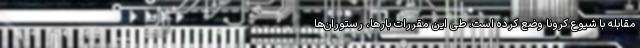
مقابله با شیوع کرونا وضع کرده است. طی این مقررات بارها، رستوران‌ها